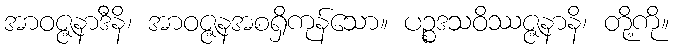
အာဝဇ္ဇနာဒီနိ၊ အာဝဇ္ဇနအစရှိကုန်သော။ ပဉ္စဒသဝိဿဇ္ဇနာနိ၊ တို့ကို။